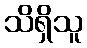
သိရှိသူ